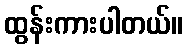
ထွန်းကားပါတယ်။